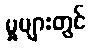
မှုများတွင်